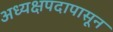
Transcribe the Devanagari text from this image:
अध्यक्षपदापासून